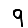
Digit: 9